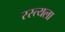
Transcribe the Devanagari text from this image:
रस्त्यला